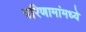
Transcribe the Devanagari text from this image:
परिणामांमध्ये